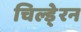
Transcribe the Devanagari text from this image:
चिल्डे्रन